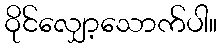
ဝိုင်လျှော့သောက်ပါ။